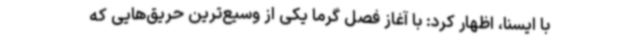
با ایسنا، اظهار کرد: با آغاز فصل گرما یکی از وسیع‌ترین حریق‌هایی که